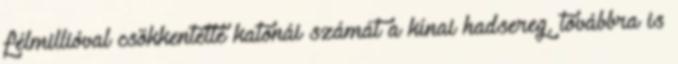
félmillióval csökkentette katonái számát a kínai hadsereg, továbbra is